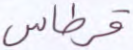
قرطاس